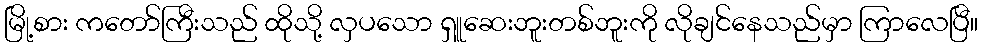
မြို့စား ကတော်ကြီးသည် ထိုသို့ လှပသော ရှူဆေးဘူးတစ်ဘူးကို လိုချင်နေသည်မှာ ကြာလေပြီ။